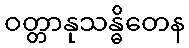
ဝတ္တာနုသန္ဓိတေန